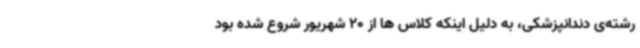
رشته‌ی دندانپزشکی، به دلیل اینکه کلاس ها از 20 شهریور شروع شده بود